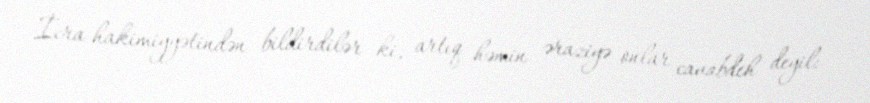
İcra hakimiyyətindən bildirdilər ki, artıq həmin əraziyə onlar cavabdeh deyil: